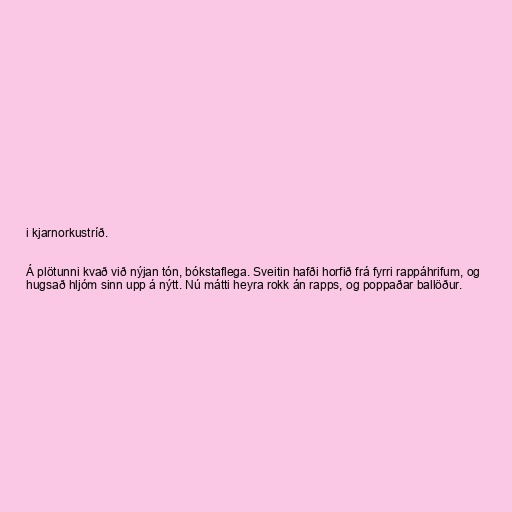
i kjarnorkustríð.

Á plötunni kvað við nýjan tón, bókstaflega. Sveitin hafði horfið frá fyrri rappáhrifum, og
hugsað hljóm sinn upp á nýtt. Nú mátti heyra rokk án rapps, og poppaðar ballöður.